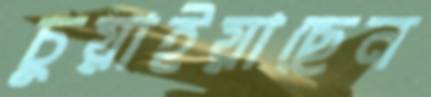
চুয়াইয়াছেন